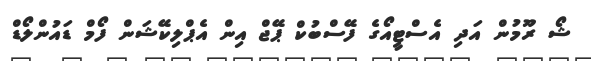
ޝޯ ރޫމުން އަދި އެސްޓީއޯގެ ފޭސްބުކް ޕޭޖް އިން އެޕްލިކޭޝަން ފޯމް ޑައުންލޯޑް